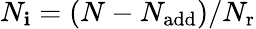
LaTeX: N_{\mathbf{i}}=(N-N_{\mathrm{{add}}})/{N_{\mathrm{{r}}}}